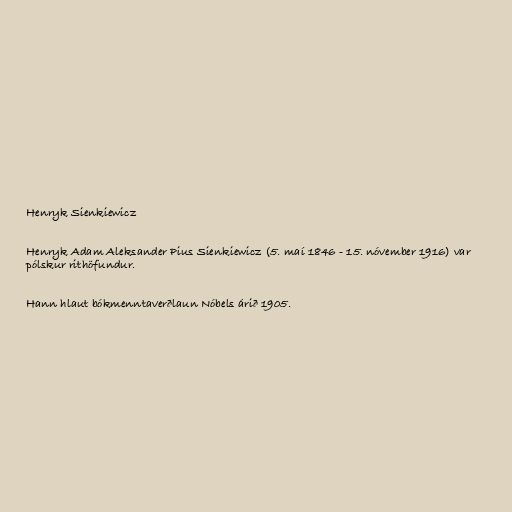
Henryk Sienkiewicz

Henryk Adam Aleksander Pius Sienkiewicz (5. maí 1846 - 15. nóvember 1916) var
pólskur rithöfundur.

Hann hlaut bókmenntaverðlaun Nóbels árið 1905.